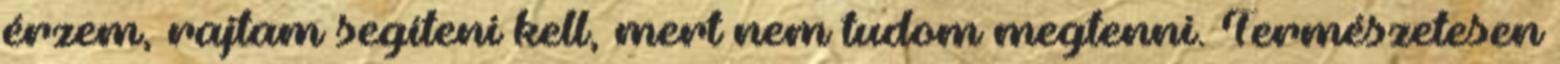
érzem, rajtam segíteni kell, mert nem tudom megtenni. Természetesen